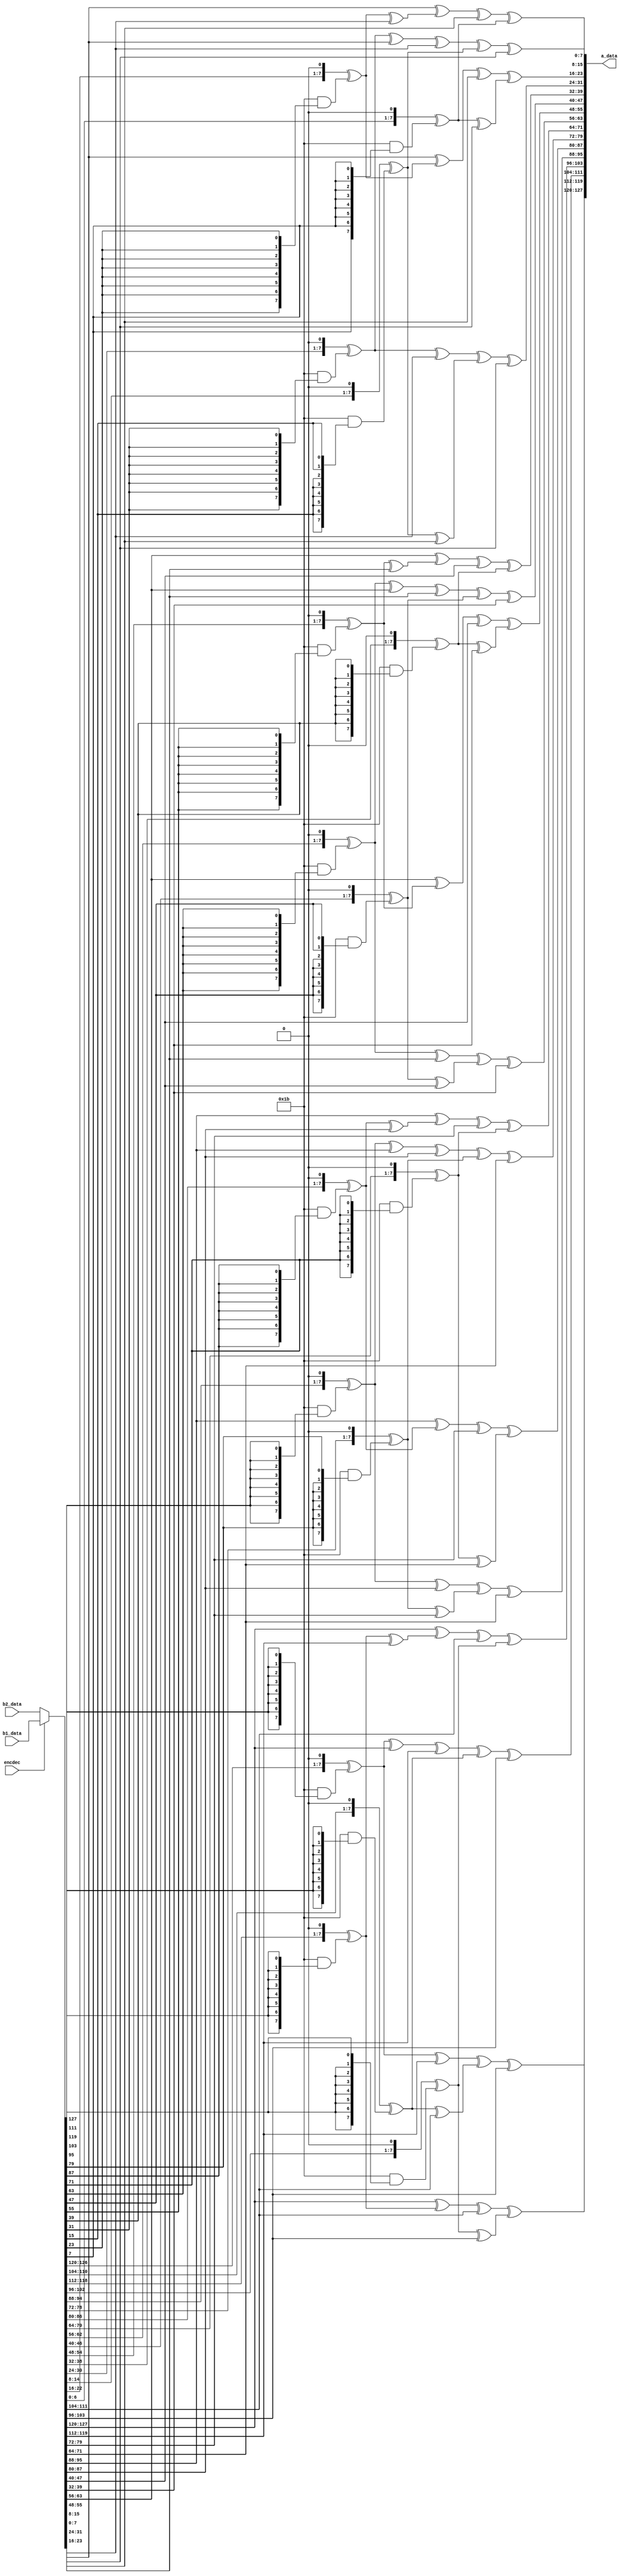
module mixcolumns(input wire encdec,
                  input wire [127:0] b1_data,
                  input wire [127:0] b2_data,
                  output wire [127:0] a_data);
//----------------------------------------------------------------
  // Gaolis multiplication functions for Inverse MixColumn.
  //----------------------------------------------------------------
  function [7 : 0] gm2(input [7 : 0] op);
    begin
      gm2 = {op[6 : 0], 1'b0} ^ (8'h1b & {8{op[7]}});
    end
  endfunction // gm2

  function [7 : 0] gm3(input [7 : 0] op);
    begin
      gm3 = gm2(op) ^ op;
    end
  endfunction // gm3

  function [31 : 0] inv_mixw(input [31 : 0] w);
    reg [7 : 0] b0, b1, b2, b3;
    reg [7 : 0] mb0, mb1, mb2, mb3;
    begin
      b0 = w[31 : 24];
      b1 = w[23 : 16];
      b2 = w[15 : 08];
      b3 = w[07 : 00];

      mb0 = gm2(b0) ^ (b1)    ^ gm3(b2) ^ (b3);
      mb1 = (b0)    ^ gm2(b1) ^ (b2)    ^ gm3(b3);
      mb2 = gm3(b0) ^ (b1)    ^ gm2(b2) ^ (b3);
      mb3 = (b0)    ^ gm3(b1) ^ (b2)    ^ gm2(b3);

      inv_mixw = {mb0, mb1, mb2, mb3};
    end
  endfunction // mixw

  function [127 : 0] mixcolumn(input [127 : 0] data);
    reg [31 : 0] w0, w1, w2, w3;
    reg [31 : 0] ws0, ws1, ws2, ws3;
    begin
      w0 = data[127 : 096];
      w1 = data[095 : 064];
      w2 = data[063 : 032];
      w3 = data[031 : 000];

      ws0 = inv_mixw(w0);
      ws1 = inv_mixw(w1);
      ws2 = inv_mixw(w2);
      ws3 = inv_mixw(w3);

      mixcolumn = {ws0, ws1, ws2, ws3};
    end
  endfunction // mixcolumn
  wire [127:0] b_data;
  assign b_data=(encdec==1)?b1_data:b2_data;
  assign a_data = mixcolumn(b_data);
endmodule